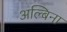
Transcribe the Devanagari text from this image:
अल्बिना